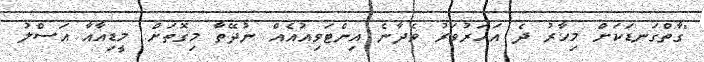
"ގާތްގަނޑަކަށް މިހާރު ދެ އަހަރުވަރު ވެދާނެ އިންޓަވިއުއެއް ނުދޭތާ މިގޮތަށް. މީޑިއާއާ އަސްލު